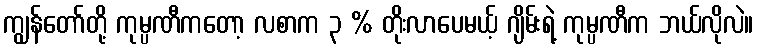
ကျွန်တော်တို့ ကုမ္ပဏီကတော့ လစာက ၃ % တိုးလာပေမယ့် ဂျိမ်းရဲ့ ကုမ္ပဏီက ဘယ်လိုလဲ။